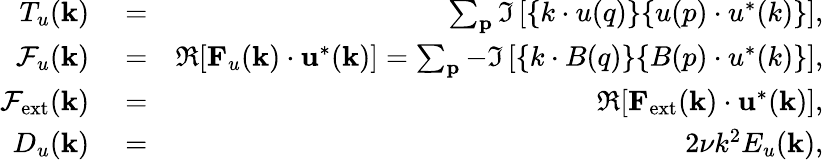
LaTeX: \begin{array}{rlr}{T_{u}({\mathbf k})}&{{}=}&{\sum_{\mathbf p}\Im\left[{\mathbf\{ k\cdot u(q)\} \{ u(p)\cdot u^{*}(k)\} }\right],}\\ {\mathcal{F}_{u}({\mathbf k})}&{{}=}&{\Re[{\mathbf F}_{u}({\mathbf k})\cdot{\mathbf u}^{*}({\mathbf k})]=\sum_{\mathbf p}-\Im\left[{\mathbf\{ k\cdot B(q)\} \{ B(p)\cdot u^{*}(k)\} }\right],}\\ {\mathcal{F}_{\mathrm{ext}}({\mathbf k})}&{{}=}&{\Re[{\mathbf F}_{\mathrm{ext}}({\mathbf k})\cdot{\mathbf u}^{*}({\mathbf k})],}\\ {D_{u}(\mathbf{k})}&{{}=}&{2\nu k^{2}E_{u}({\mathbf k}),}\end{array}